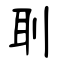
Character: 刵